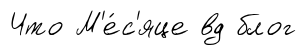
Что М'е́с'яце вд блог